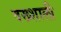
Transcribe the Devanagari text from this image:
वख्शाली